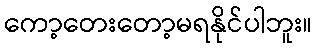
ကော့တေးတော့မရနိုင်ပါဘူး။